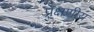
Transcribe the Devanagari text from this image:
प्रे़क्षणीय